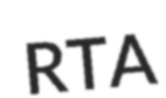
RTA